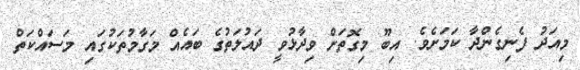
މިއަދު ފެނިގެންދާ ކަމަށެވެ. އިބޫ މިގޮތަށް ވިދާޅުވީ ދައުލަތުގެ ބައެއް މަގާމުތަކުގައި މަސައްކަތް